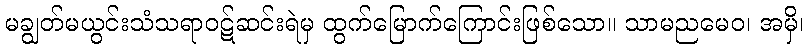
မချွတ်မယွင်းသံသရာဝဋ်ဆင်းရဲမှ ထွက်မြောက်ကြောင်းဖြစ်သော။ သာမညမေဝ၊ အမှိ၊